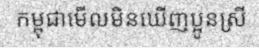
កម្ពុជាមើលមិនឃើញប្អូនស្រី